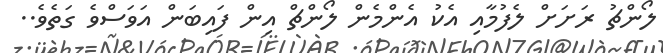
ލޯންޗު ރަށަށް ލެފުމާއި އެކު އެންމެން ލޯންޗް އިން ފައިބަން އަވަސްވެ ގަތެވެ..